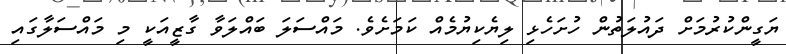
ޔަގީންކުރުމަށް ދައުލަތުން ހުށަހެޅި ލިޔެކިޔުމެއް ކަމަށެވެ. މައްސަލަ ބައްލަވާ ގާޒީއަކީ މި މައްސަލާގައި